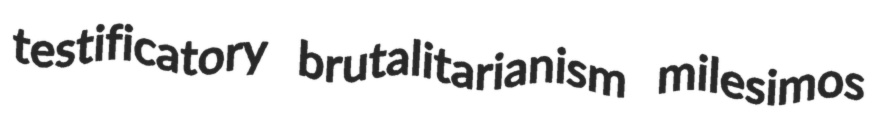
testificatory brutalitarianism milesimos